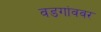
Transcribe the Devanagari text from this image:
वडगांववर